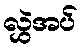
လွှဲအပ်